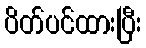
ပိတ်ပင်ထားပြီး